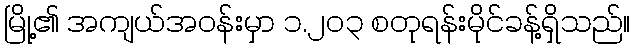
မြို့၏ အကျယ်အဝန်းမှာ ၁.၂၀၃ စတုရန်းမိုင်ခန့်ရှိသည်။